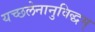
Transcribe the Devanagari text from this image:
यच्छलेनानुविद्धम्